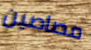
مصاصين